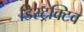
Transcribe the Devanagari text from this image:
डिस्ट्रक्टिव